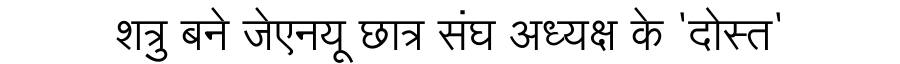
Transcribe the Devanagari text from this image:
शत्रु बने जेएनयू छात्र संघ अध्यक्ष के 'दोस्त'